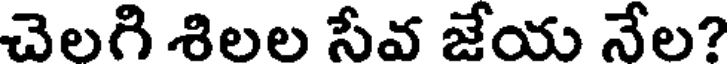
చెలగి శిలల సేవ జేయ నేల?